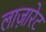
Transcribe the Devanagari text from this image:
लाज़ारेट